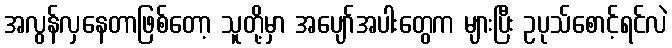
အလွန်လှနေတာဖြစ်တော့ သူတို့မှာ အပျော်အပါးတွေက များပြီး ဥပုသ်စောင့်ရင်လဲ